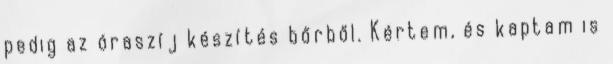
pedig az óraszíj készítés bőrből. Kértem, és kaptam is